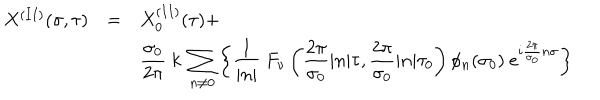
LaTeX: \begin{array} { l c l } { { X ^ { ( I I ) } ( \sigma , \tau ) } } & { { = } } & { { { \displaystyle X _ { 0 } ^ { ( I I ) } ( \tau ) + } } } \\ { { } } & { { } } & { { { \displaystyle \frac { \sigma _ { 0 } } { 2 \pi } ~ k ~ \sum _ { n \neq 0 } ^ { } \left\{ \frac { 1 } { | n | } ~ F _ { \nu } \left( \frac { 2 \pi } { \sigma _ { 0 } } | n | \tau , \frac { 2 \pi } { \sigma _ { 0 } } | n | \tau _ { 0 } \right) \phi _ { n } ( \sigma _ { 0 } ) ~ e ^ { i \frac { 2 \pi } { \sigma _ { 0 } } n \sigma } \right\} } } } \\ \end{array}